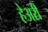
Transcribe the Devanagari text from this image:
हेअरी